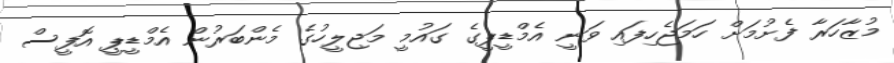
މުޒާހަރާ ފެށުމަށް ހަމަޖެހިފައި ވަނީ އެމްޑީޕީގެ ގައުމީ މަޖިލީހުގެ މެންބަރުން އެމްޑީޕީ އޮފީސް